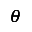
\pmb { \theta }